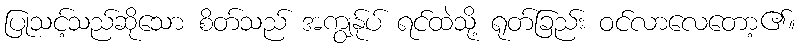
ပြုသင့်သည်ဆိုသော စိတ်သည် အကျွန်ုပ် ရင်ထဲသို့ ရုတ်ခြည်း ဝင်လာလေတော့၏။